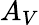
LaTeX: A_{V}